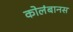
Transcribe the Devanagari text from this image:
कोलंबानस